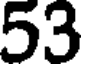
53